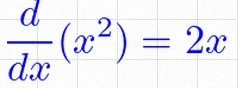
\frac{d}{dx}(x^2)=2x